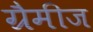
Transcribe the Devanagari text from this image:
ग्रैमीज